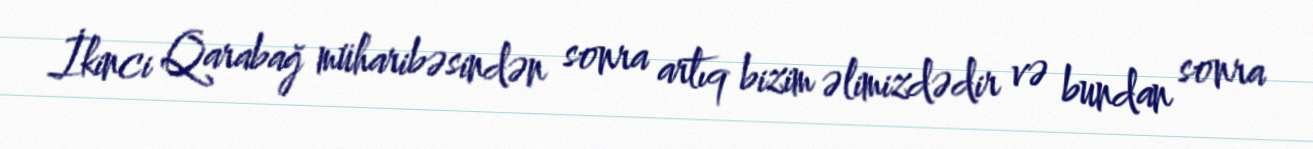
İkinci Qarabağ müharibəsindən sonra artıq bizim əlimizdədir və bundan sonra